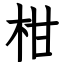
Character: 柑